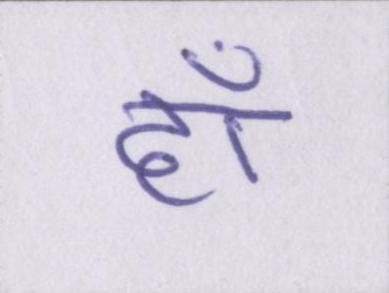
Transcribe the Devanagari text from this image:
हाँ